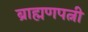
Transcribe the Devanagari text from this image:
ब्राह्मणपत्नी